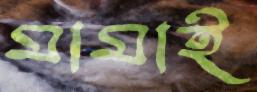
মামাই